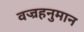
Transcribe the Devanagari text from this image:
वज्रहनुमान